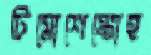
টিমোশেঙ্কোহ